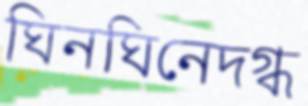
ঘিনঘিনেদগ্ধ